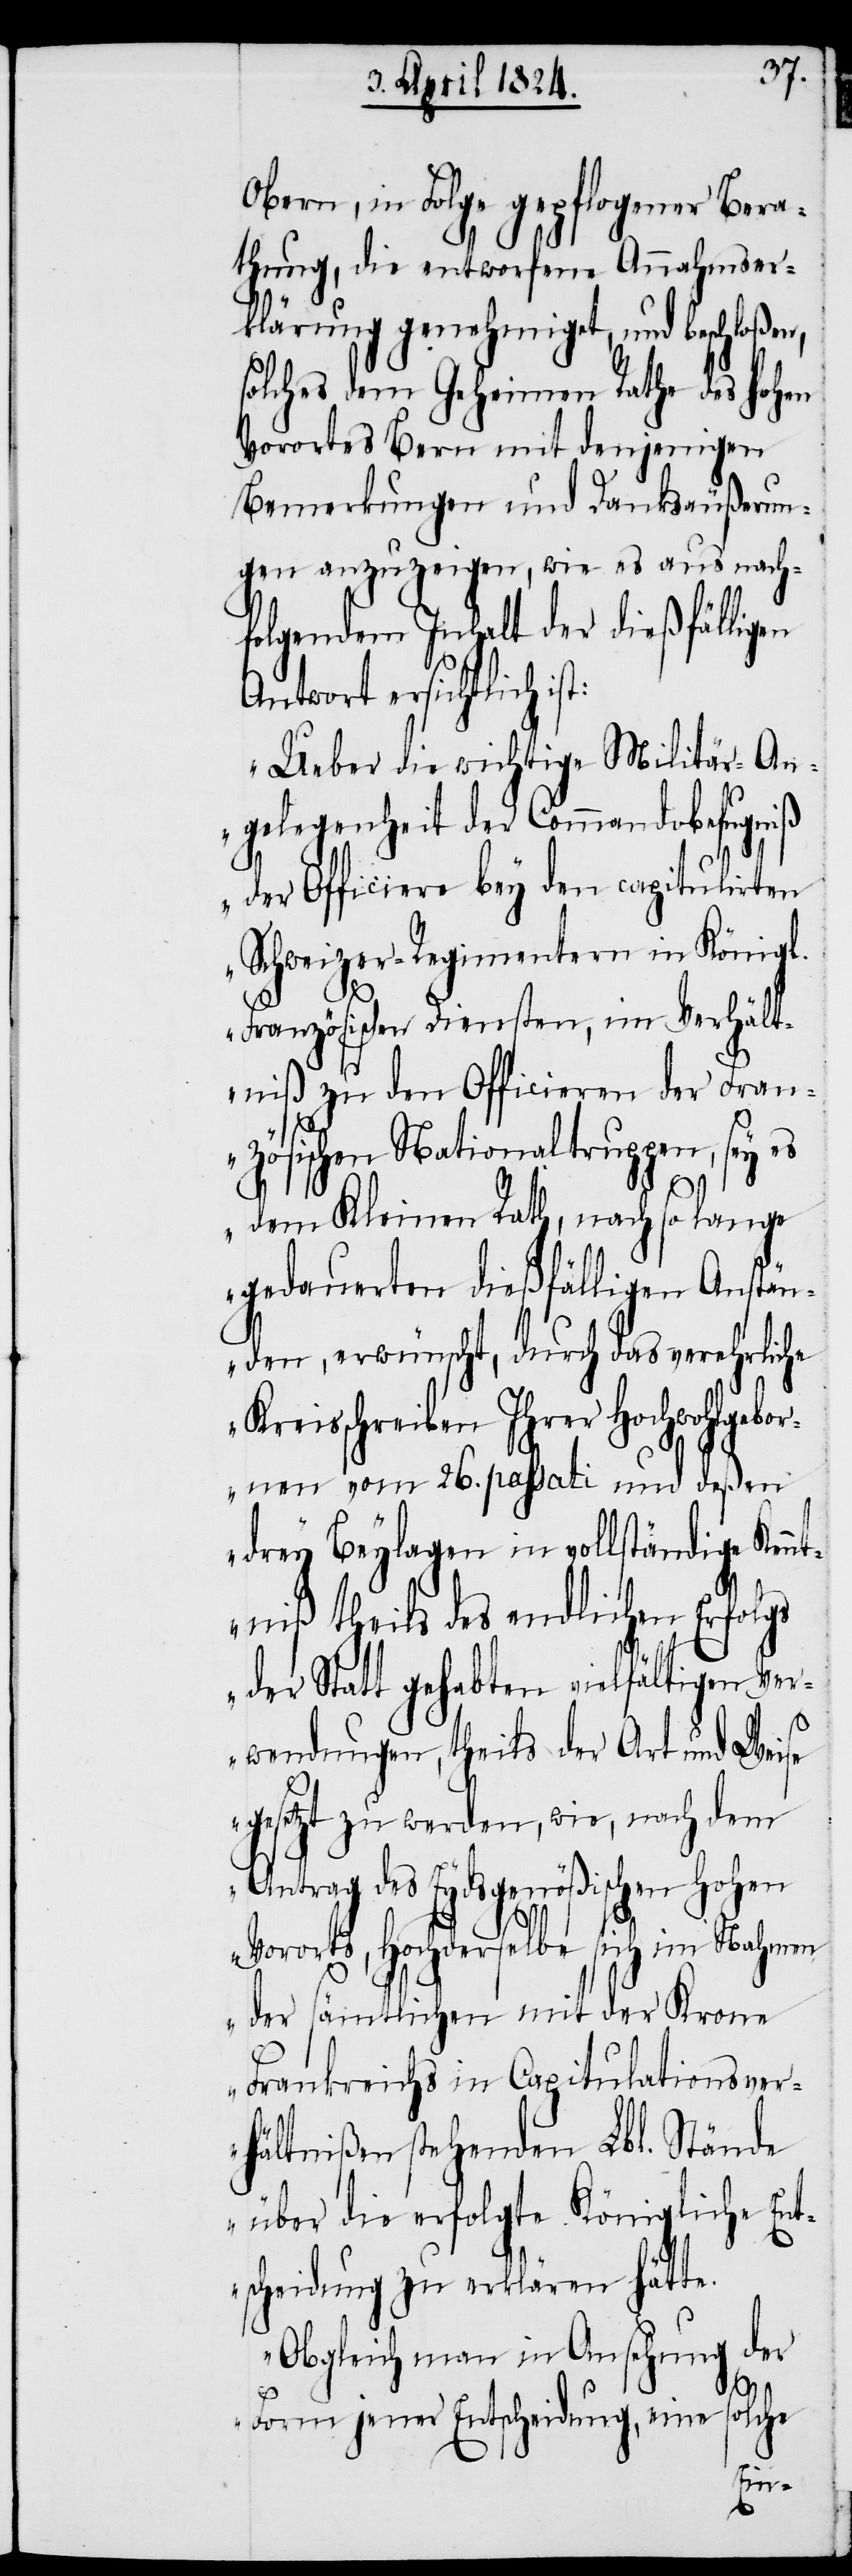
Obern, in Folge gepflogener Bera¬
thung, die entworfene Annahmser¬
klärung genehmiget, und beschloßen,
solches dem Geheimen Rathe des hohen
Vorortes Bern mit denjenigen
Bemerkungen und Dankesäußerun¬
gen anzuzeigen, wie es aus nach¬
folgendem Inhalt der dießfälligen
Antwort ersichtlich is¬
„Ueber die wichtige Militär-An¬
gelegenheit der Commandobefugniß
der Officiere bey den capitulirten
Schweizer-Regimentern in Königl.
Französischen Diensten, im Verhält¬
niß zu den Officieren der Fran¬
t:
zösischen Nationaltruppen, sey es
dem Kleinen Rath, nach so lange
gedauerten dießfälligen Anstän¬
den, erwünscht, durch das verehrliche
Kreisschreiben Ihrer Hochwohlgebo¬
renen vom 26. passati und deßen
drey Beylagen in vollständige Ken¬
ntniß theils des endlichen Erf¬
der Statt gehabten vielfältigen Ver¬
wendungen, theils der Art und Weise
gesetzt zu werden, wie, nach dem
Antrag des Eydsgenößischen Hohen
Vororts, Hochderselbe sich im Nahmen
der sämtlichen mit der Krone
Frankreichs in Capitulationsver¬
hältnißen stehenden Lbl. Stände
über die erfolgte Königliche Ent¬
scheidung zu erklären hätte.
Obgleich man in Ansehung der
solche
Form jener Entscheidung, eine